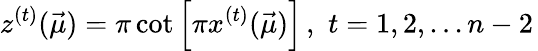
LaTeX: z^{(t)}(\vec{\mu})=\pi\cot\left[\pi x^{(t)}(\vec{\mu})\right]\, ,\, \, t=1,2,...n-2\,